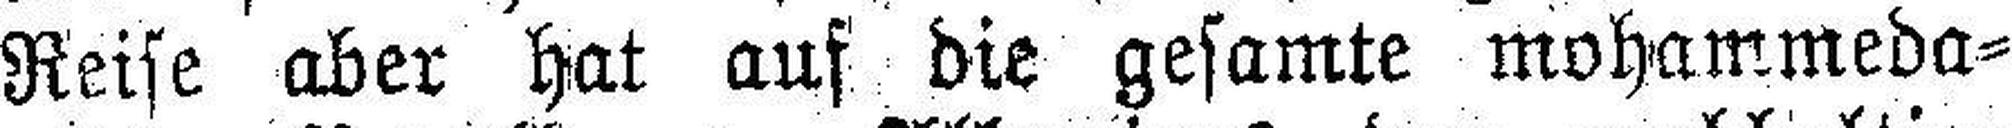
Reise aber hat auf die gesamte mohammeda¬